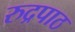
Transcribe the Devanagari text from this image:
रुद्रपाठ